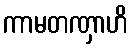
ကာမတဏှာဟိ